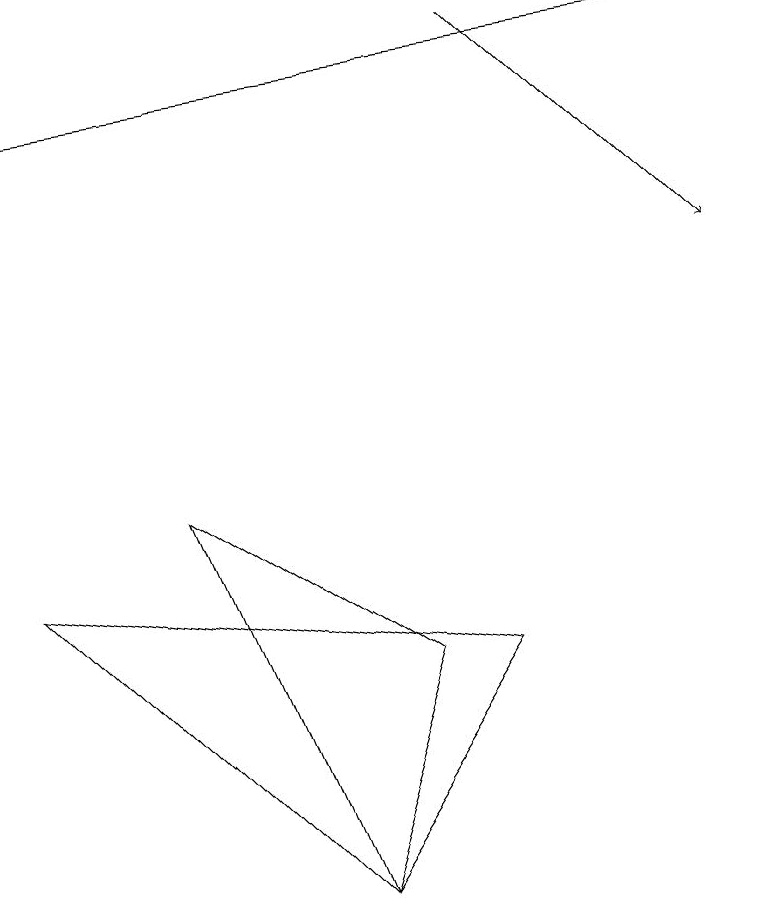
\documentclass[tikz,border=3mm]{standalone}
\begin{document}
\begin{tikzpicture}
\draw (4,3) -- (5,6) -- (2,8) -- cycle;
\draw[->] (9,14) -- (0,13);
\draw[->] (6,14) -- (9,11);
\draw (6,6) -- (0,7) -- (4,3) -- cycle;
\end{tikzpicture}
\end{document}